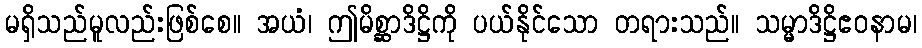
မရှိသည်မူလည်းဖြစ်စေ။ အယံ၊ ဤမိစ္ဆာဒိဋ္ဌိကို ပယ်နိုင်သော တရားသည်။ သမ္မာဒိဋ္ဌိဧဝနာမ၊